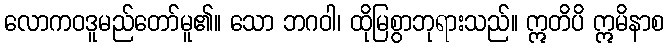
လောကဝဒူမည်တော်မူ၏။ သော ဘဂဝါ၊ ထိုမြစွာဘုရားသည်။ ဣတိပိ ဣမိနာစ